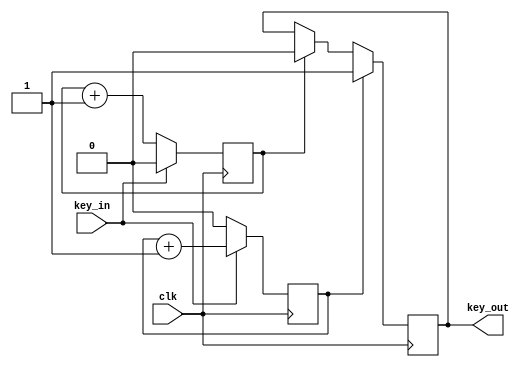
`timescale 1ns / 1ps
//////////////////////////////////////////////////////////////////////////////////
// Company: 
// Engineer: 
// 
// Design Name: 
// Module Name:    key_anti_shake_2 
// Project Name: 
// Target Devices: 
// Tool versions: 
// Description: 
//
// Dependencies: 
//
// Revision: 
// Revision 0.01 - File Created
// Additional Comments: 
//
//////////////////////////////////////////////////////////////////////////////////
module key_anti_shake_2(
	input clk,
	input key_in,
	output key_out
    );
	 reg  count_high;
	 reg  count_low;
	 reg key_reg;

	 assign key_out = key_reg;

	 always@( posedge clk )
		if( key_in == 1'b0 )
			count_low <= count_low + 1;
		else
			count_low <= 0;
 
	 always@( posedge clk )
		if( key_in == 1'b1 ) 
			count_high <= count_high +1;
		else
			count_high <= 0;

	 always@( posedge clk )
	 begin
		if( count_high == 1 )
			key_reg <= 1'b1;
		else
		
		if( count_low == 1 )
			key_reg <= 1'b0;
		//else
			//key_reg <= key_reg;
	 end


endmodule